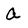
Character: a